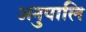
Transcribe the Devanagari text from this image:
अनुपालि